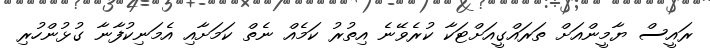
ރައީސް ޔާމީންއަށް ތަރައްގީއަށްޓަކާ ކުރެވޭނެ އިތުރު ކަމެއް ނެތް ކަމަށާއި އެމަނިކުފާނާ ގުޅުންހުރި